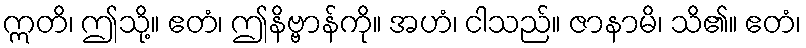
ဣတိ၊ ဤသို့။ ဧတံ၊ ဤနိဗ္ဗာန်ကို။ အဟံ၊ ငါသည်။ ဇာနာမိ၊ သိ၏။ ဧတံ၊